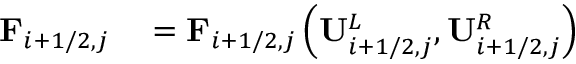
\begin{array} { r l } { \mathbf { F } _ { i + 1 / 2 , j } } & { { } = \mathbf { F } _ { i + 1 / 2 , j } \left( \mathbf { U } _ { i + 1 / 2 , j } ^ { L } , \mathbf { U } _ { i + 1 / 2 , j } ^ { R } \right) } \end{array}